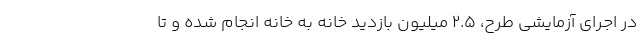
در اجرای آزمایشی طرح، ۲.۵ میلیون بازدید خانه به خانه انجام شده و تا